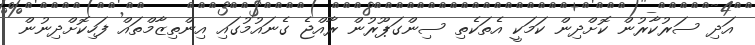
އަދި ސަރުކާރުން ކޮށްދިން ކަމަކީ އެތަކެތި ސިންގަޕޫރުން ރާއްޖެ ގެނައުމުގައި އިންތިޒާމްތައް ފަހިކޮށްދިނުން